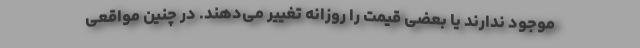
موجود ندارند یا بعضی قیمت را روزانه تغییر می‌دهند. در چنین مواقعی